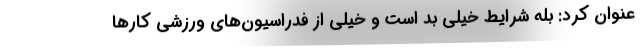
عنوان کرد: بله شرایط خیلی بد است و خیلی از فدراسیون‌های ورزشی کارها